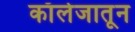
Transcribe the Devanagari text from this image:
काॅलेजातून